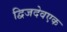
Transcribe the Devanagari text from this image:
द्विजदेवएक